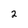
Character: 2